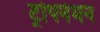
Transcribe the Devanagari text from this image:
ट्रोपनेमन